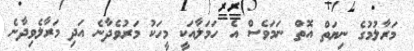
މަރާލުމުގެ ނިޔަތް އޮތް ނަމަވެސް އެ ހަމަލާއަކީ މީހަކު މަރުވެދާނެ އަދި މަރާލެވިދާނެ